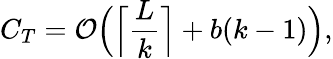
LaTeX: C_{T}=\mathcal{O}\Big(\Big\lceil\frac{L}{k}\Big\rceil+b(k-1)\Big),